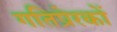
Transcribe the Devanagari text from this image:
गतिप्रेरकों